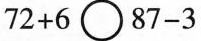
$$7 2 + 6 \circ 8 7 - 3$$